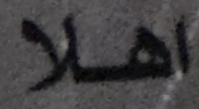
اهلا